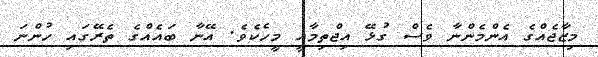
މިޒާޖެއްގެ އެންމެންނާ ވެސް ގުޅޭ އިޖްތިމާއީ މީހެކެވެ. އޭނާ ބައެއްގެ ތެރޭގައި ހުންނަ